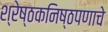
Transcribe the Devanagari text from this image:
श्रेष्ठकनिष्ठपणाचे